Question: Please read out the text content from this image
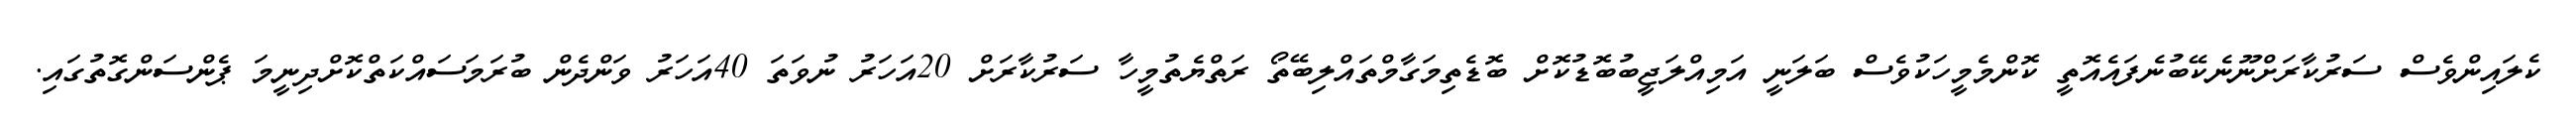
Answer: ކެލައިންވެސް ސަރުކާރަށްނޫނެކޭބުނެފައެއޮތީ ކޮންމެމީހަކުވެސް ބަލަނީ އަމިއްލަޖީބުބޮޑުކޮށް ބޮޑެތިމަގާމްތައްލިބޭތޯ ރަތްޔެތުމީހާ ސަރުކާރަށް 20އަހަރު ނުވަތަ 40އަހަރު ވަންދެން ބުރަމަސައްކަތްކޮށްދިނީމަ ޕެންސަންގޮތުގައި.